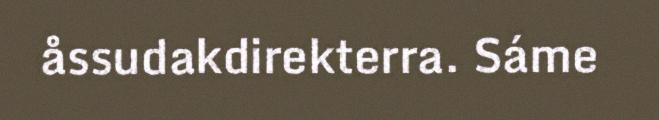
åssudakdirekterra. Sáme